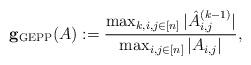
LaTeX: \begin{align*}{\bf g_{\rm GEPP}}(A):=\frac{ \max_{k,i,j \in [n]} |\hat A^{(k-1)}_{i,j}|}{\max_{i,j\in[n]} |A_{i,j}|},\end{align*}